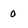
Character: o